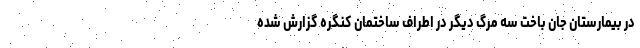
در بیمارستان جان باخت سه مرگ دیگر در اطراف ساختمان کنگره گزارش شده